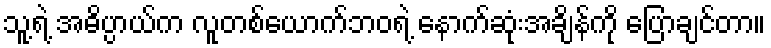
သူ့ရဲ့ အဓိပ္ပာယ်က လူတစ်ယောက်ဘဝရဲ့ နောက်ဆုံးအချိန်ကို ပြောချင်တာ။